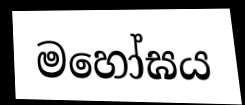
මහෝඝය